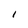
Character: I